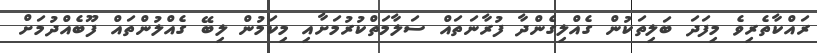
ރައްކާތެރިވެ މިފަދަ ބަލިތަކުން ގެއްލިގެންދާ ފުރާނަތައް ސަލާމަތްކުރުމަށާއި މިކަމުން ލިބޭ ގެއްލުންތައް ފޫބެއްދުމަށް